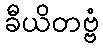
ခီယိတဗ္ဗံ